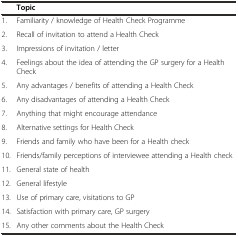
|  | Topic |
 | --- | --- |
 | 1. | Familiarity / knowledge of Health Check Programme |
 | 2. | Recall of invitation to attend a Health Check |
 | 3. | Impressions of invitation / letter |
 | 4. | Feelings about the idea of attending the GP surgery for a Health Check |
 | 5. | Any advantages / benefits of attending a Health Check |
 | 6. | Any disadvantages of attending a Health Check |
 | 7. | Anything that might encourage attendance |
 | 8. | Alternative settings for Health Check |
 | 9. | Friends and family who have been for a Health check |
 | 10. | Friends/family perceptions of interviewee attending a Health check |
 | 11. | General state of health |
 | 12. | General lifestyle |
 | 13. | Use of primary care, visitations to GP |
 | 14. | Satisfaction with primary care, GP surgery |
 | 15. | Any other comments about the Health Check |